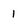
Character: 1